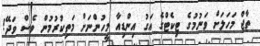
ތާޖް މަހަލަށް ވަނުމުގެ ޓިކެޓްގެ އަގު އިންޑިއާ މީހުންނަށް މަތިކުރުމުން ވެސް ވަދޭ!